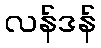
လန်ဒန်